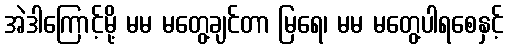
အဲဒါကြောင့်မို့ မမ မတွေ့ချင်တာ မြရေ၊ မမ မတွေ့ပါရစေနှင့်